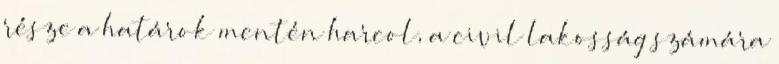
része a határok mentén harcol, a civil lakosság számára